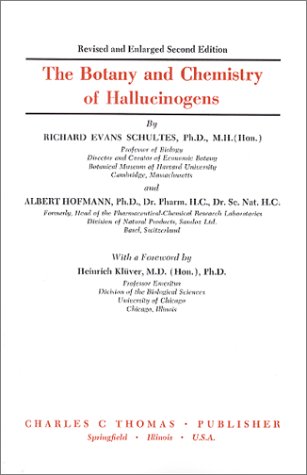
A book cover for The Botany and Chemistry of Hallucinogens; Richard Evans Schultes; Medical Books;